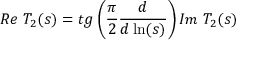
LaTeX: R e \; T _ { 2 } ( s ) = t g \left( \frac { \pi } { 2 } \frac { d } { d \ln ( s ) } \right) I m \; T _ { 2 } ( s ) ~ ~